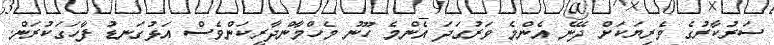
ސަރުކާރުގެ ވެރިޔަކަށް ދޭނެ އެންމެ ވަރުގަދަ އެންމެ ހޫނު މެހްމާންދާރީކަންވެސް އަޅުގަނޑު ފާހަގަކުރަން.